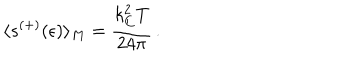
\langle s ^ { ( + ) } ( \epsilon ) \rangle _ { M } = \frac { k _ { C } ^ { 2 } T } { 2 4 \pi } \, { . }